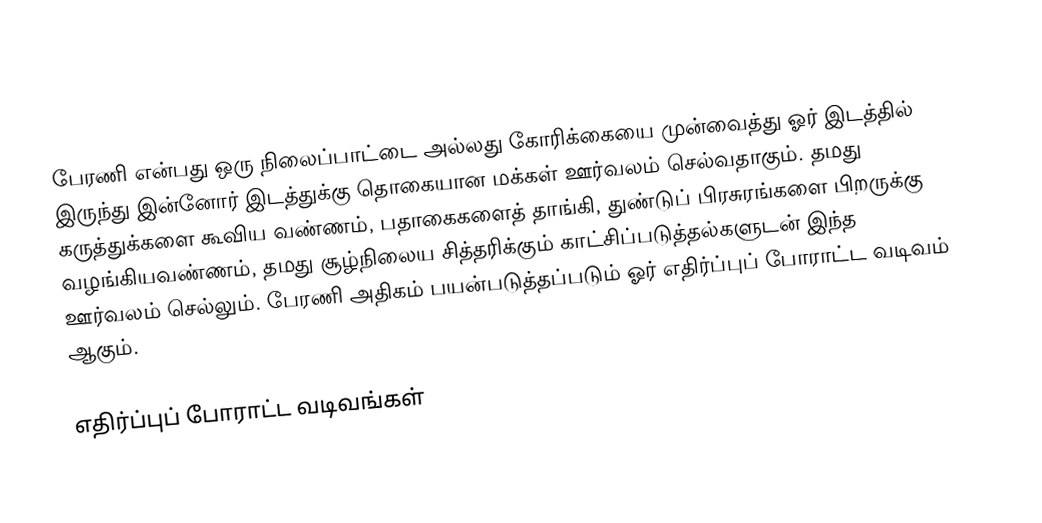
பேரணி என்பது ஒரு நிலைப்பாட்டை அல்லது கோரிக்கையை முன்வைத்து  ஓர் இடத்தில் இருந்து இன்னோர் இடத்துக்கு தொகையான மக்கள்  ஊர்வலம் செல்வதாகும்.  தமது கருத்துக்களை கூவிய வண்ணம், பதாகைகளைத் தாங்கி, துண்டுப் பிரசுரங்களை பிறருக்கு வழங்கியவண்ணம், தமது சூழ்நிலைய சித்தரிக்கும் காட்சிப்படுத்தல்களுடன் இந்த ஊர்வலம் செல்லும்.  பேரணி அதிகம் பயன்படுத்தப்படும் ஓர் எதிர்ப்புப் போராட்ட வடிவம் ஆகும்.

எதிர்ப்புப் போராட்ட வடிவங்கள்